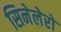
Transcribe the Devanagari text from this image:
सिनेलेरो